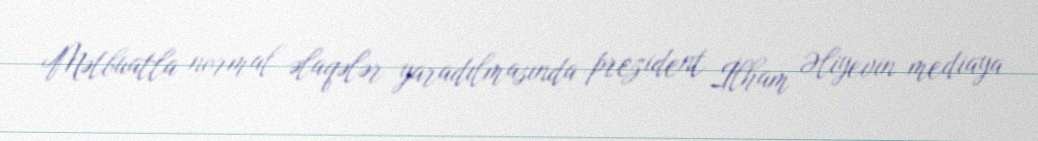
Mətbuatla normal əlaqələr yaradılmasında prezident İlham Əliyevin mediaya